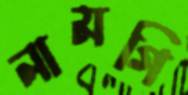
নামগি